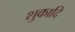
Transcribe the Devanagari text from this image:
शुकादि